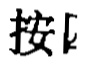
按